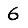
Digit: 6